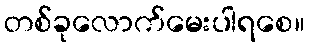
တစ်ခုလောက်မေးပါရစေ။